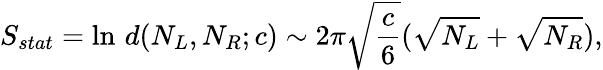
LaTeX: S_{stat}=\ln\, d(N_{L},N_{R};c)\sim 2\pi\sqrt{\frac{c}{6}}(\sqrt{N_{L}}+\sqrt{N_{R}}),